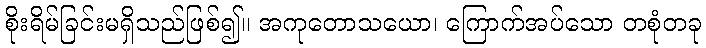
စိုးရိမ်ခြင်းမရှိသည်ဖြစ်၍။ အကုတောသယော၊ ကြောက်အပ်သော တစုံတခု